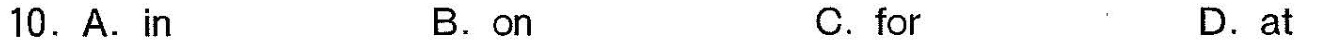
10.A.In B.on C.for D.at